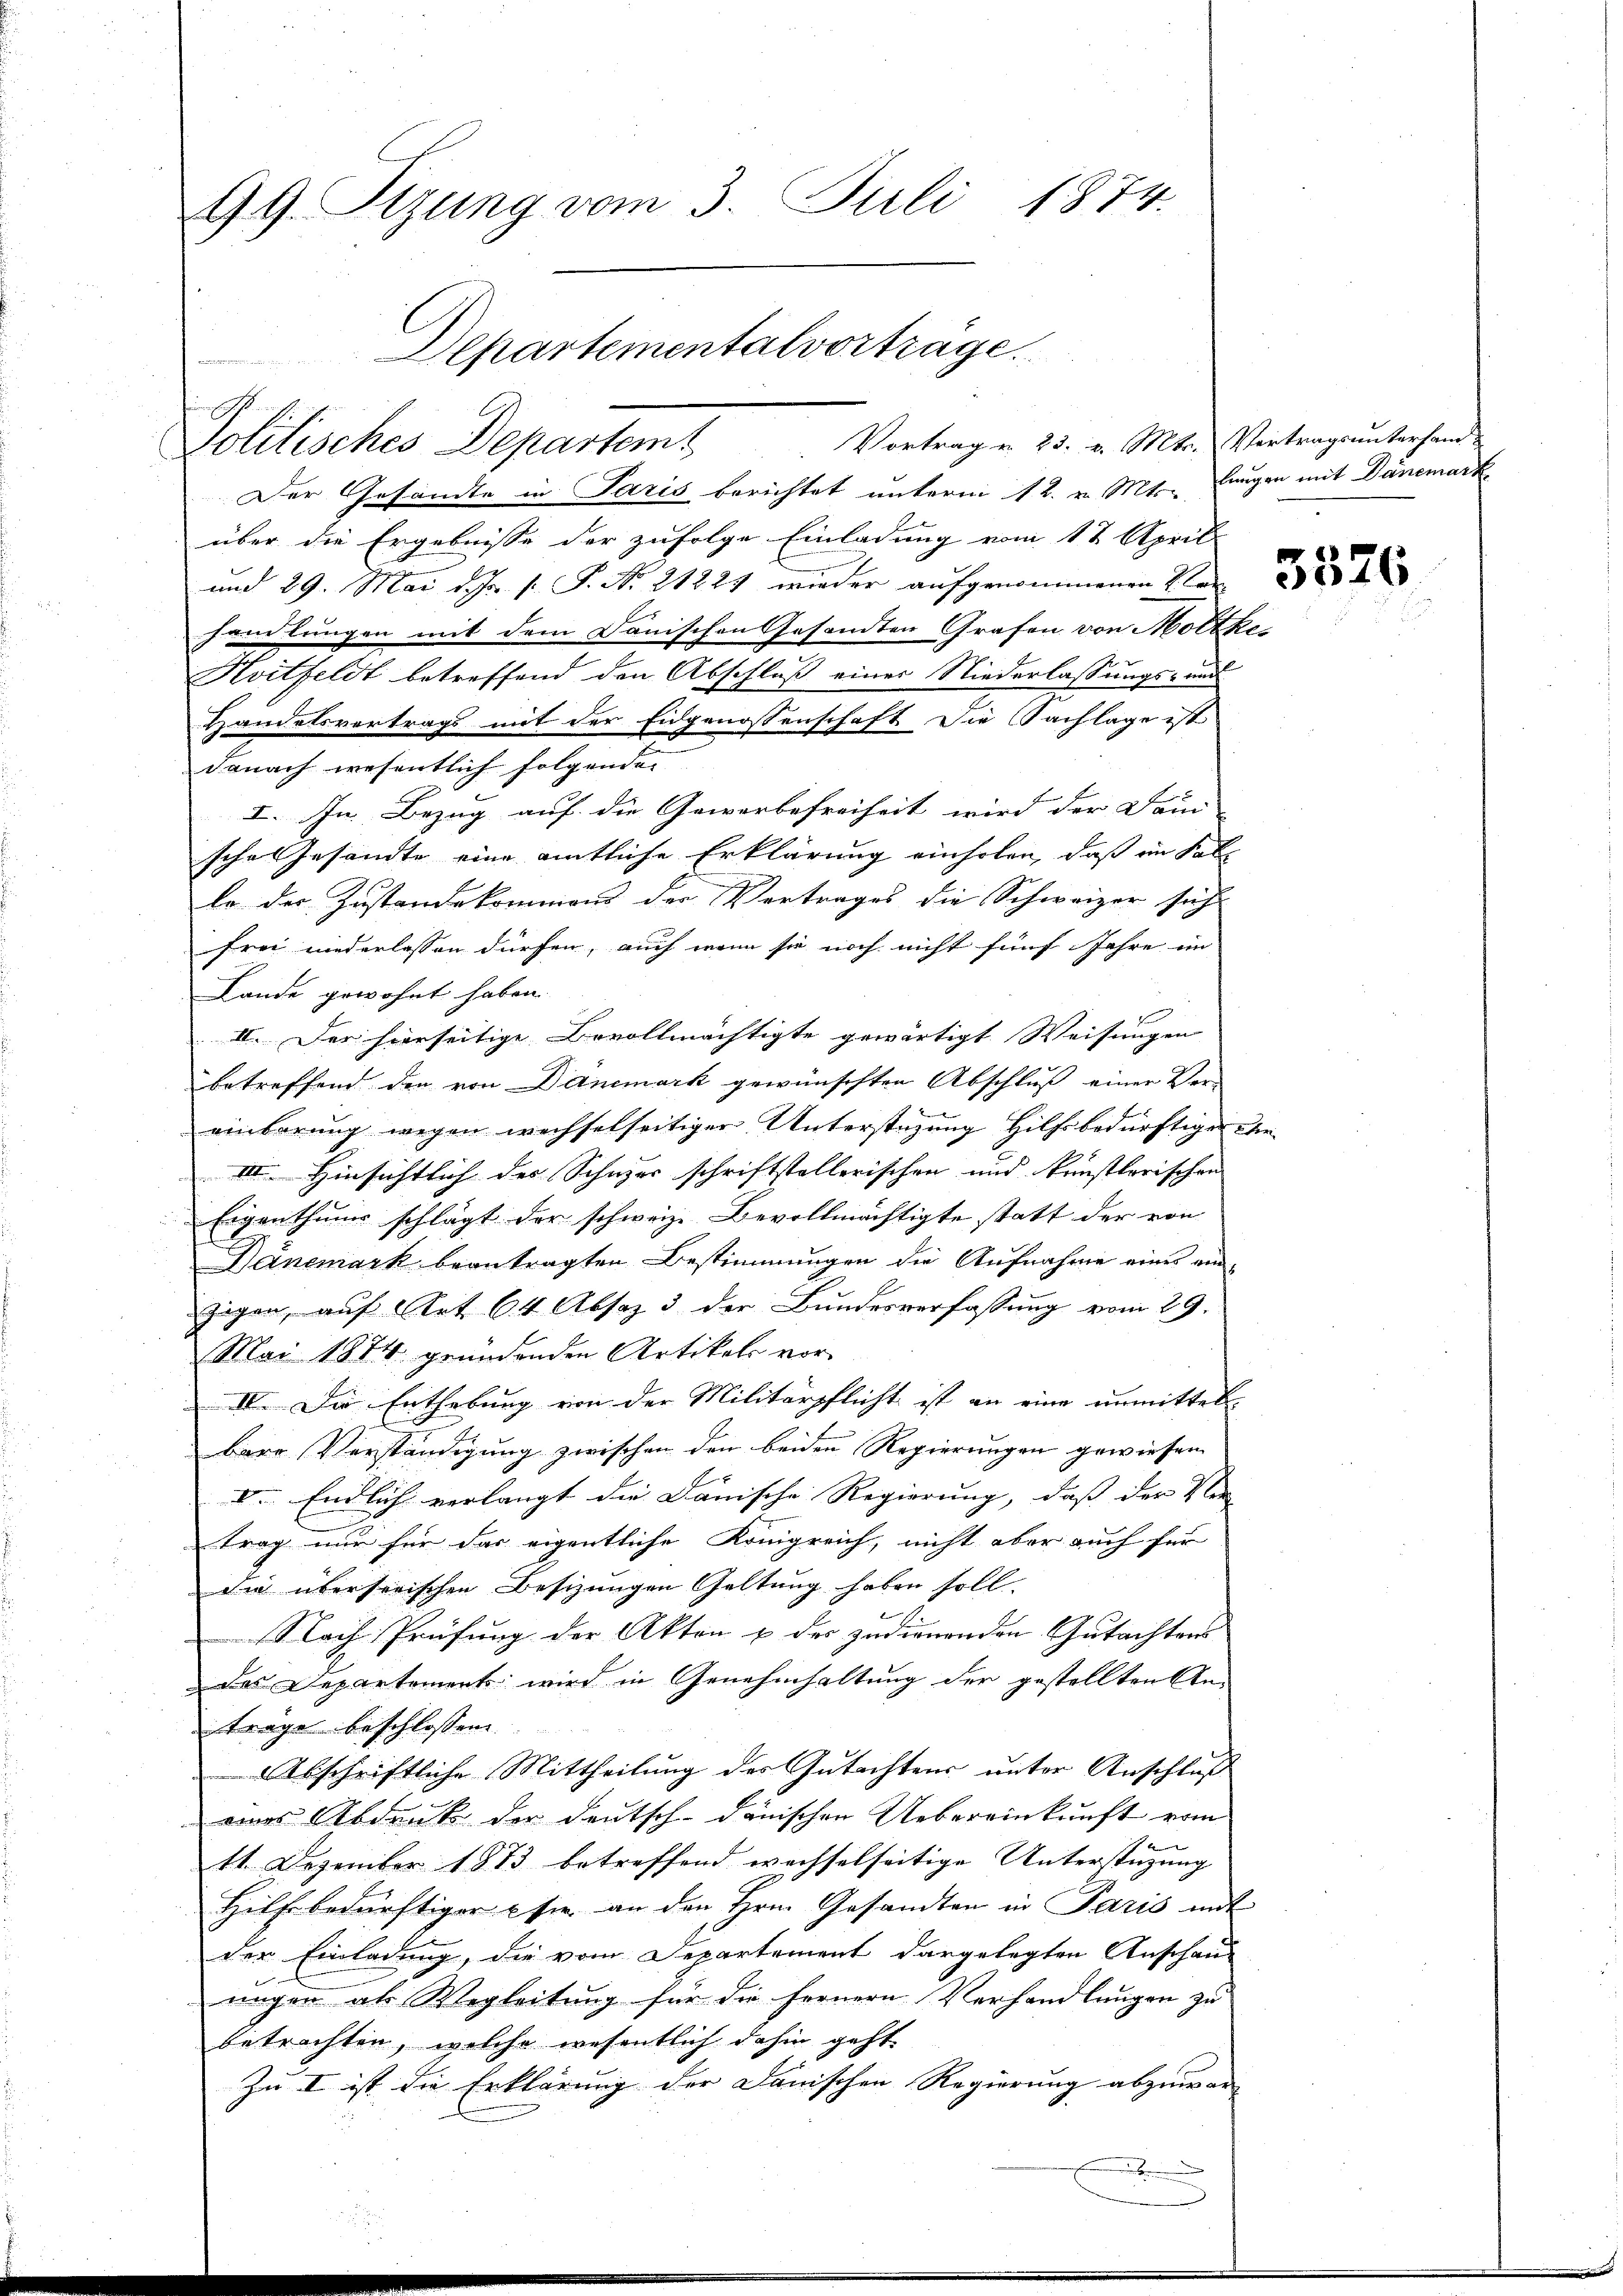
99. Sizung vom 3. Juli 1874.
Departemental vorträge.

Politisches Departemt

Vortrag u. 23. v. Mts. Vertragsuntersam¬
Der Gesandte in Paris berichtet unterm 12. v. Mts. Langen mit Danemark
über die Ergebnisse der zufolge Einladung vom 12 April
und 29. Mai d. Js. v. J. No 21224 wieder aufgenommenen L. Can
handlungen mit dem Danischen Gesandten Grafen von Moltke
Kvitfeldt betreffend den Abschluß einer Niederlassungs- und
Handelsvertrags mit der Eidgenossenschaft die Sachlage ist
danach wesentlich folgende
I. In Bezug auf die Gewerbefreiheit wird der Dami
sche Gesandte eine amtliche Erklärung einholen, daß im Fal
le der Zustandekommens der Vertrages die Schweizer sich
frei niederlassen dürfen, auch wenn sie noch nicht fünf Jahre im
Lande gewohnt haben.
II. Der hierseitige Bevollmächtigte gewärtigt. Weisungen |
betreffend den von Danemark gewünschten Abschluß einer Ver-
einbarung wegen wechselseitiger Unterstüzung Hilfsbedürftiger e
III. Hinsichtlich des Schwer schriftstellerischen und künstlerischen
Eigenthums schlägt der schweiz. Bevollmächtigte statt der von
Danemark beantragten Bestimmungen die Aufnahme eines ein¬
Zeigen, auf Art. 64 Absoz 3 der Bundesverfassung vom 29.
Mai 1874 gründenden Artikels vor-
IV. Die Enthebung von der Militärpflicht ist an eine unmittel
bare Verständigung zwischen den beiden Regierungen gewiesen.
V. Endlich verlangt die Danische Regierung, dass der Ver- |
trag nur für das eigentliche Königreich, nicht aber auch für
Die überserischen Besizungen Geltung haben soll.
Nach Prüfung der Akten u der zudienenden Gutachtens
des Departements wird in Genehmhaltung der gestellten Anträge beschlossen.
Abschriftliche Mittheilung des Gutachtens unter Anschluß
eines Abdruk der deutsch-danischen Uebereinkunft vom
11. Dezember 1873 betreffend wachselseitige Unterstüzung |
Hilf bedürftiger sie an den Hrn. Gesandten in Paris mit
der Einladung, die vom Departement dargelegten Anschau-
nagen als Wegleitung für die fernern Verhandlungen zu
betrachten, welche wesentlich dahin geht
Zu I ist die Erklärung der Danischen Regierung abzuwar¬
.

3526